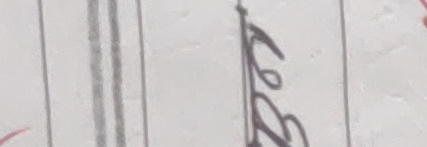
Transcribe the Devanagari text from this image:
ले